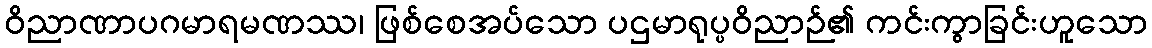
ဝိညာဏာပဂမာရမဏဿ၊ ဖြစ်စေအပ်သော ပဌမာရုပ္ပဝိညာဉ်၏ ကင်းကွာခြင်းဟူသော